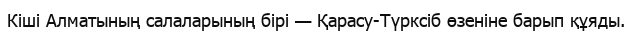
Кіші Алматының салаларының бірі — Қарасу-Түрксіб өзеніне барып құяды.